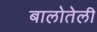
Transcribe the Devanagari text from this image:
बालोतेली